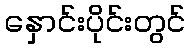
နှောင်းပိုင်းတွင်